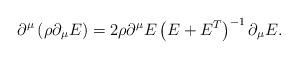
LaTeX: \begin{align*}\partial^\mu \left( \rho \partial_\mu E \right) = 2 \rho\partial^\mu E \left( E + E^T \right)^{-1} \partial_\mu E.\end{align*}